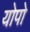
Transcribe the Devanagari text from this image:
योपो